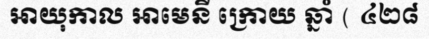
អាយុកាល អាមេនី ក្រោយ ឆ្នាំ ( ៤២៨